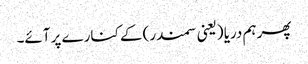
پھر ہم دریا (یعنی سمندر) کے کنارے پر آئے۔